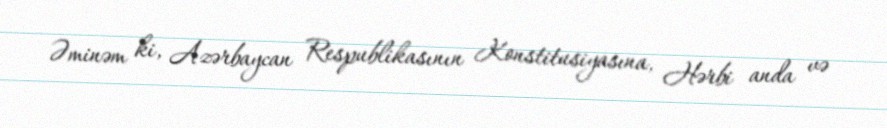
Əminəm ki, Azərbaycan Respublikasının Konstitusiyasına, Hərbi anda və